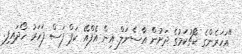
"އަހަރެންގެ ކޯޗުކަމުގެ ދަށުން އާސެނަލް އިން އެފްއޭ ކަޕް ފަސް ފަހަރު ހޯދައިފި.